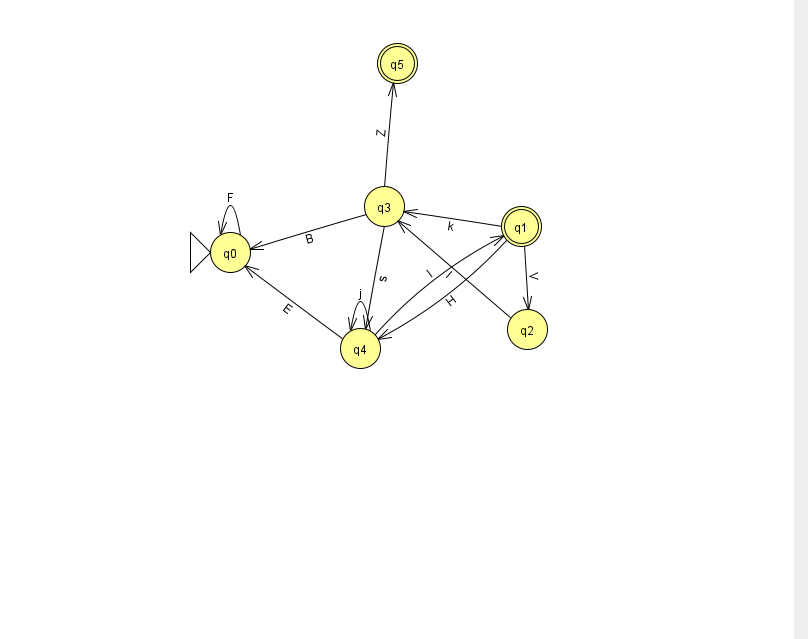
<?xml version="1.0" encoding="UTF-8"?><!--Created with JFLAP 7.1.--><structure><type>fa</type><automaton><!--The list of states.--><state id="0" name="q0"><x>230.0</x><y>239.0</y><initial/></state><state id="1" name="q1"><x>521.0</x><y>213.0</y><final/></state><state id="2" name="q2"><x>527.0</x><y>316.0</y></state><state id="3" name="q3"><x>384.0</x><y>193.0</y></state><state id="4" name="q4"><x>360.0</x><y>335.0</y></state><state id="5" name="q5"><x>397.0</x><y>50.0</y><final/></state><!--The list of transitions.--><transition><from>1</from><to>3</to><read>k</read></transition><transition><from>2</from><to>3</to><read>I</read></transition><transition><from>3</from><to>0</to><read>B</read></transition><transition><from>0</from><to>0</to><read>F</read></transition><transition><from>1</from><to>2</to><read>V</read></transition><transition><from>3</from><to>5</to><read>Z</read></transition><transition><from>4</from><to>0</to><read>E</read></transition><transition><from>4</from><to>1</to><read>I</read></transition><transition><from>1</from><to>4</to><read>H</read></transition><transition><from>3</from><to>4</to><read>s</read></transition><transition><from>4</from><to>4</to><read>j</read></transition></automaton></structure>